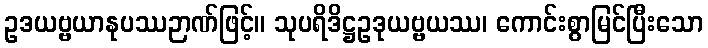
ဥဒယဗ္ဗယာနုပဿဉာဏ်ဖြင့်။ သုပရိဒိဋ္ဌဥဒုယဗ္ဗယဿ၊ ကောင်းစွာမြင်ပြီးသော